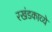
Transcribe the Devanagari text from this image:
रखंडकाव्ये